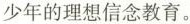
少年的理想信念教育。